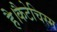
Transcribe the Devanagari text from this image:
है।कैटेचिस्म